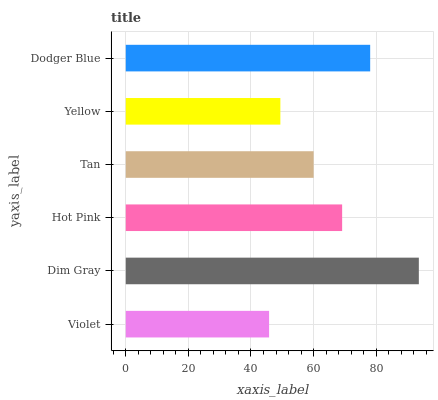
| yaxis_label | bars |
 | --- | --- |
 | Violet | 45.8 |
 | Dim Gray | 93.6 |
 | Hot Pink | 69.1 |
 | Tan | 60 |
 | Yellow | 49.4 |
 | Dodger Blue | 78.1 |